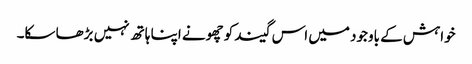
خواہش کے باوجود میں اس گیند کو چھونے اپنا ہاتھ نہیں بڑھا سکا۔